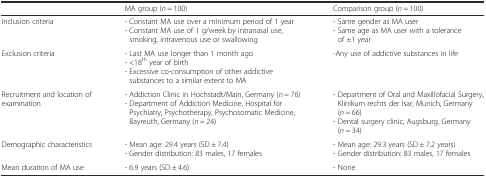
|  | MA group (n = 100) | Comparison group (n = 100) |
 | --- | --- | --- |
 | Inclusion criteria | - Constant MA use over a minimum period of 1 year- Constant MA use of 1 g/week by intranasal use, smoking, intravenous use or swallowing | - Same gender as MA user- Same age as MA user with a tolerance of ±1 year |
 | Exclusion criteria | - Last MA use longer than 1 month ago- <18th year of birth- Excessive co-consumption of other addictive substances to a similar extent to MA | -Any use of addictive substances in life |
 | Recruitment and location of examination | - Addiction Clinic in Hochstadt/Main, Germany (n = 76)- Department of Addiction Medicine, Hospital for Psychiatry, Psychotherapy, Psychosomatic Medicine, Bayreuth, Germany (n = 24) | - Department of Oral and Maxillofacial Surgery, Klinikum rechts der Isar, Munich, Germany (n = 66)- Dental surgery clinic, Augsburg, Germany (n = 34) |
 | Demographic characteristics | - Mean age: 29.4 years (SD ± 7.4)- Gender distribution: 83 males, 17 females | - Mean age: 29.3 years (SD ± 7.2 years)- Gender distribution: 83 males, 17 females |
 | Mean duration of MA use | - 6.9 years (SD ± 4.6) | - None |